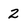
Character: 2